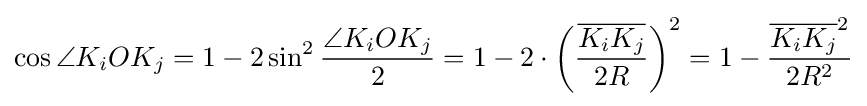
\cos \angle K_{i}OK_{j}=1-2\sin ^{2}{\frac {\angle K_{i}OK_{j}}{2}}=1-2\cdot \left({\frac {\overline {K_{i}K_{j}}}{2R}}\right)^{2}=1-{\frac {{\overline {K_{i}K_{j}}}^{2}}{2R^{2}}}